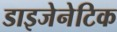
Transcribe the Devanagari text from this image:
डाइजेनेटिक